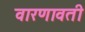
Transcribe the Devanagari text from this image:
वारणावती